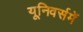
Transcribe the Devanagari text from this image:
यूनिवर्समें